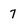
Character: 7